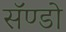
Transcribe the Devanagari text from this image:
सॅण्डो